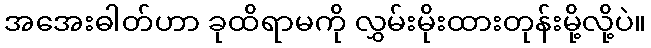
အအေးဓါတ်ဟာ ခုထိရာမကို လွှမ်းမိုးထားတုန်းမို့လို့ပဲ။